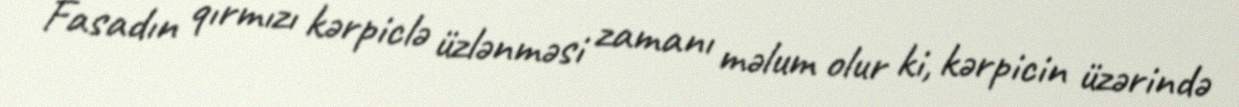
Fasadın qırmızı kərpiclə üzlənməsi zamanı məlum olur ki, kərpicin üzərində